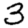
Digit: 3